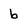
Character: b